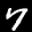
Label: 7